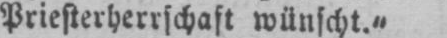
Priesterherrschaft wünscht.“